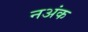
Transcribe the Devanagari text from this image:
नअंक